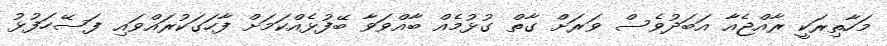
މަހާތިރަކީ ރާއްޖެއާ އަބަދުވެސް ވަރަށް ގާތް ގުޅުމެއް ބާއްވަވާ ބޭފުޅެއްކަމަށް ފާހަގަކުރައްވައި ފަސޭހަފުޅު